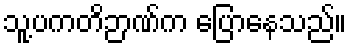
သူ့ပကတိဉာဏ်က ပြောနေသည်။